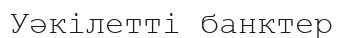
Уәкілетті банктер